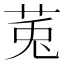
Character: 𫟏